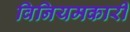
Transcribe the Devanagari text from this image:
विनियमकारी